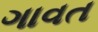
ગાવત